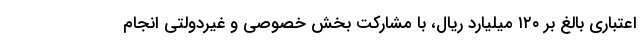
اعتباری بالغ بر ۱۲۰ میلیارد ریال، با مشارکت بخش خصوصی و غیردولتی انجام